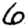
Digit: 6